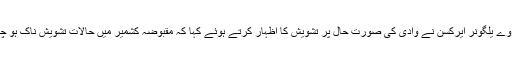
سفیر ناروے یلگونر ایرکسن نے وادی کی صورت حال پر تشویش کا اظہار کرتے ہوئے کہا کہ مقبوضہ کشمیر میں حالات تشویش ناک ہو چکے ہیں۔